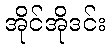
အိုင်အိုဒင်း